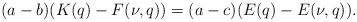
\begin{align*}(a-b)(K(q)-F(\nu,q)) = (a-c)(E(q)-E(\nu,q)).\end{align*}